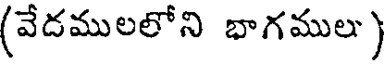
(వేదములలోని భాగములు)